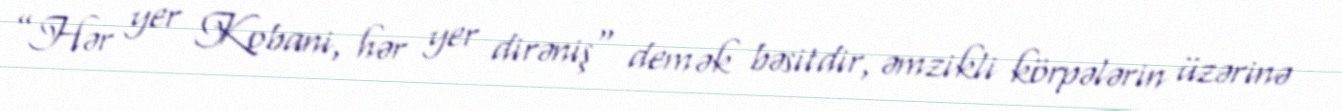
”Hər yer Kobani, hər yer dirəniş" demək bəsitdir, əmzikli körpələrin üzərinə